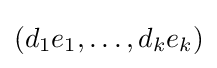
(d_{1}e_{1},\ldots ,d_{k}e_{k})